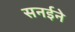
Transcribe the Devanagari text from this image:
सनईने